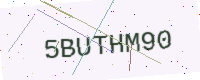
Text: 5BUTHM90